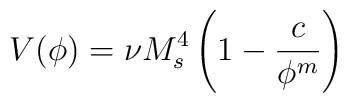
V(\phi) = \nu M_s^4 \left( 1 - \frac{c}{\phi^m} \right)